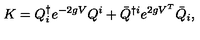
K = Q _ { i } ^ { \dag } e ^ { - 2 g V } Q ^ { i } + { \bar { Q } } ^ { \dag i } e ^ { 2 g V ^ { T } } { \bar { Q } } _ { i } ,